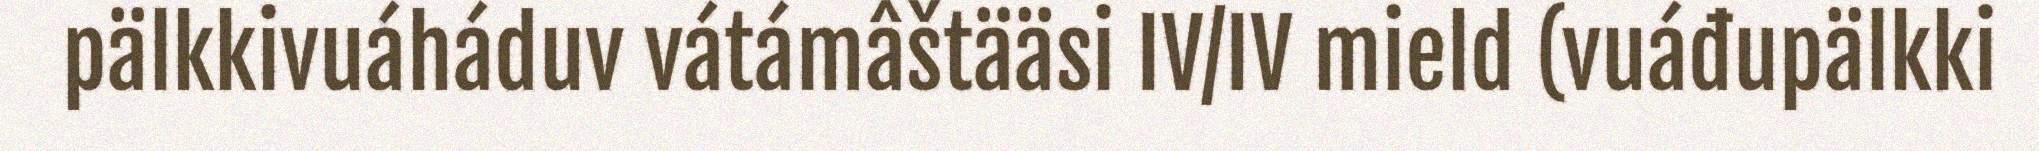
pälkkivuáháduv vátámâštääsi IV/IV mield (vuáđupälkki